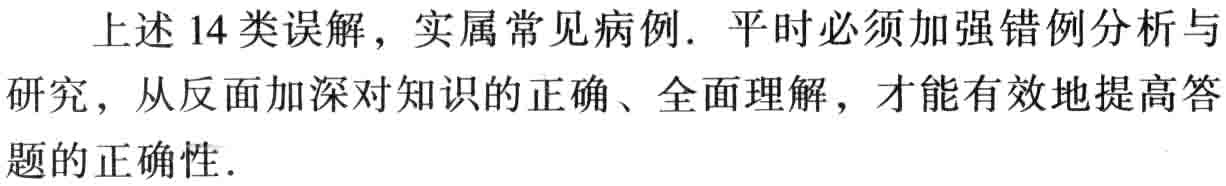
上述14类误解，实属常见病例. 平时必须加强错例分析与研究，从反面加深对知识的正确、全面理解，才能有效地提高答题的正确性.